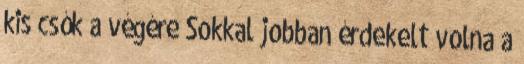
kis csók a végére Sokkal jobban érdekelt volna a